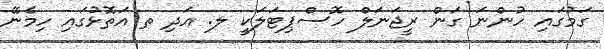
ގަމުގައި ހުންނަ ގަން ރީޖަނަލް ހޮސްޕިޓަލަކީ ލ. އަދި ތ އަތޮޅުގައި ހިމެނޭ